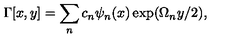
\Gamma [ x , y ] = \sum _ { n } c _ { n } \psi _ { n } ( x ) \exp ( \Omega _ { n } y / 2 ) ,